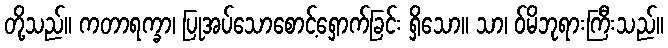
တို့သည်။ ကတာရက္ခာ၊ ပြုအပ်သောစောင့်ရှောက်ခြင်း ရှိသော။ သာ၊ ဝ်မိဘုရားကြီးသည်။